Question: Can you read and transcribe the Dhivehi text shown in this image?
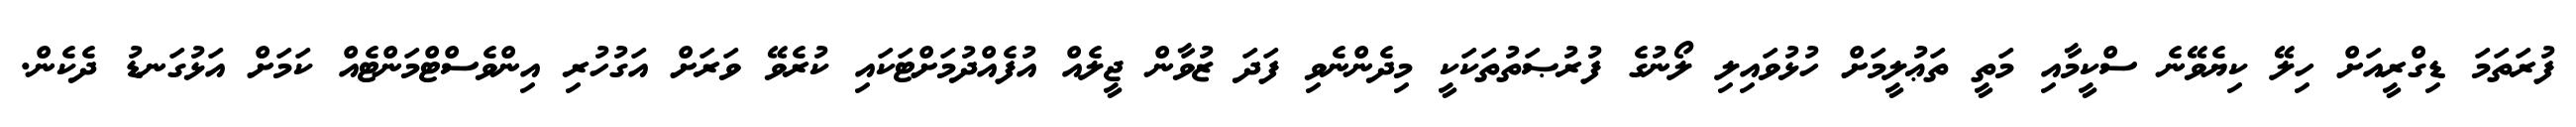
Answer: ފުރަތަމަ ޑިގްރީއަށް ހިލޭ ކިޔެވޭނެ ސްކީމާއި މަތީ ތަޢުލީމަށް ހުޅުވައިލި ލޯނުގެ ފުރުޞަތުތަކަކީ މިދެންނެވި ފަދަ ޒުވާން ޖީލެއް އުފެއްދުމަށްޓަކައި ކުރެވޭ ވަރަށް އަގުހުރި އިންވެސްޓްމަންޓެއް ކަމަށް އަޅުގަނޑު ދެކެން.